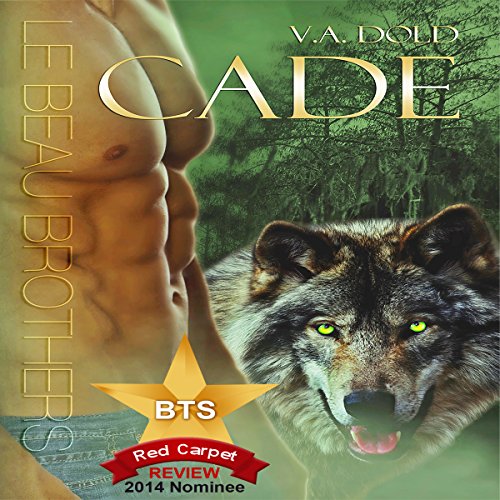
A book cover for Cade: Le Beau Shifter Series, Book 1; V.A. Dold; Science Fiction & Fantasy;